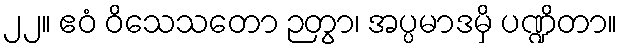
၂၂။ ဧဝံ ဝိသေသတော ဉတွာ၊ အပ္ပမာဒမှိ ပဏ္ဍိတာ။